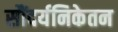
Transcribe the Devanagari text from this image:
सौंदर्यनिकेतन